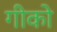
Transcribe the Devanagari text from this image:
गीको